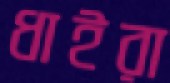
ধাইরা